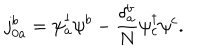
LaTeX: j _ { 0 a } ^ { b } = \psi _ { a } ^ { \dagger } \psi ^ { b } - \frac { \delta _ { a } ^ { b } } { N } \psi _ { c } ^ { \dagger } \psi ^ { c } .